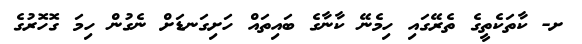
ށ- ކާތަކެތީގެ ތެރޭގައި ހިމެނޭ ކާނާގެ ބައިތައް ހަށިގަނޑަށް ނެގުން ހިމަ ގޮހޮރުގެ